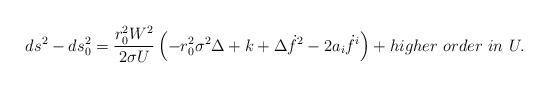
LaTeX: \begin{align*}ds^2 - ds^2_0 = {{r_0^2 W^2} \over {2 \sigma U}} \left( - r_0^2 \sigma^2 \Delta + k + \Delta \dot{f}^2 - 2 a_i \dot{f}^i \right)+ higher \ order \ in \ U.\end{align*}